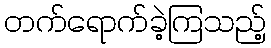
တက်ရောက်ခဲ့ကြသည့်